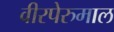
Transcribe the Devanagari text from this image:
वीरपेरुमाल